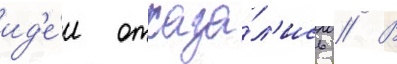
ид'е́и отказа́л'ись // В